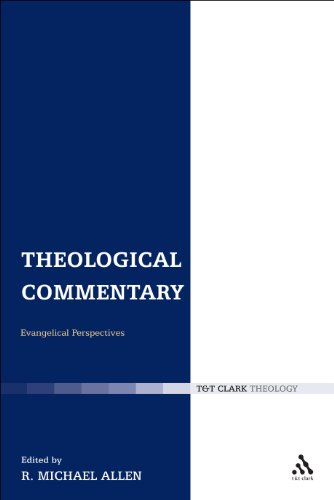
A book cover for Theological Commentary: Evangelical Perspectives; Christian Books & Bibles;